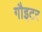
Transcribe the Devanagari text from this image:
गौइटर